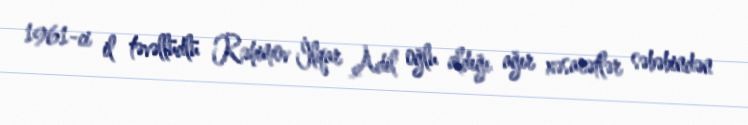
1961-ci il təvəllüdlü Rəhimov İlqar Adil oğlu aldığı ağır xəsarətlər səbəbindən